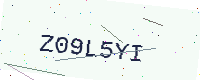
Text: Z09L5YI